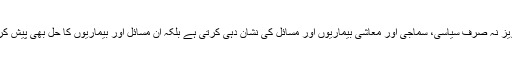
یہ دستاویز نہ صرف سیاسی، سماجی اور معاشی بیماریوں اور مسائل کی نشان دہی کرتی ہے بلکہ ان مسائل اور بیماریوں کا حل بھی پیش کرتی ہے۔